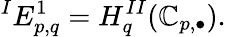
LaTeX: {}^{I}E_{p,q}^{1}=H_{q}^{II}(\mathbb{C}_{p,\bullet}).